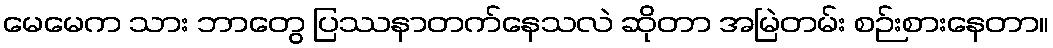
မေမေက သား ဘာတွေ ပြဿနာတက်နေသလဲ ဆိုတာ အမြဲတမ်း စဉ်းစားနေတာ။